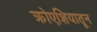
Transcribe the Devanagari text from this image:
क्रोएशियातून